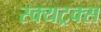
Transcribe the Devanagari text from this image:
स्क्यट्रक्स